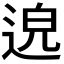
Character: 𨓅